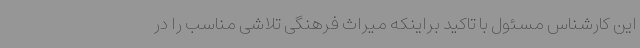
این کارشناس مسئول با تاکید براینکه میراث فرهنگی تلاشی مناسب را در